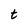
Character: t